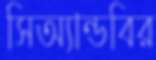
সিঅ্যান্ডবির